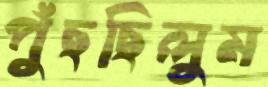
পুঁছছিলুম